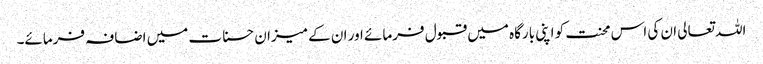
اللہ تعالی ان کی اس محنت کو اپنی بارگاہ میں قبول فرمائے اور ان کے میزان حسنات میں اضافہ فرمائے۔